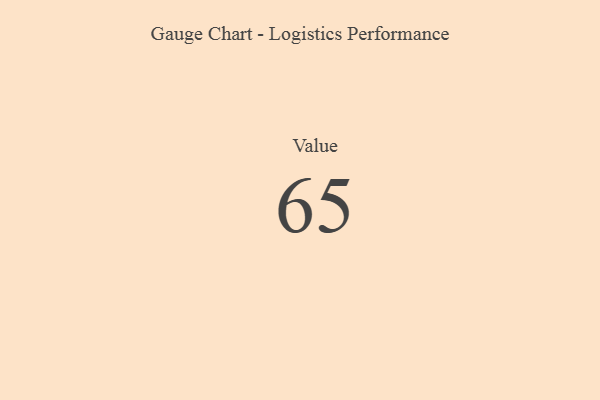
{"axis": {"x": "Metric", "y": "Value"}, "legend": [""], "data": [{"x": "Value", "y": 65, "type": ""}]}